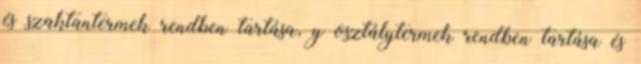
és szaktantermek rendben tartása, y osztálytermek rendben tartása és